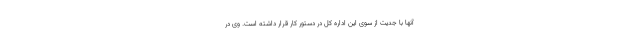
آنها با جدیت از سوی این اداره کل در دستور کار قرار داشته است. وی در